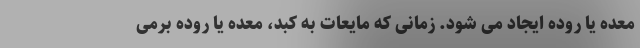
معده یا روده ایجاد می شود. زمانی که مایعات به کبد، معده یا روده برمی